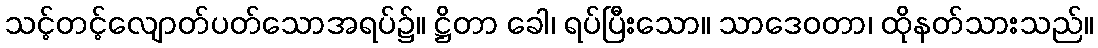
သင့်တင့်လျောတ်ပတ်သောအရပ်၌။ ဋ္ဌိတာ ခေါ၊ ရပ်ပြီးသော။ သာဒေဝတာ၊ ထိုနတ်သားသည်။